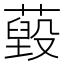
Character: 𦽐